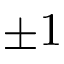
\pm 1